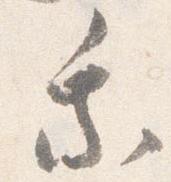
乗